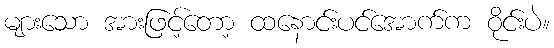
များသော အားဖြင့်တော့ ထနောင်းပင်အောက်က ဝိုင်းပဲ။